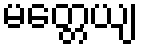
မတ္တေယျ